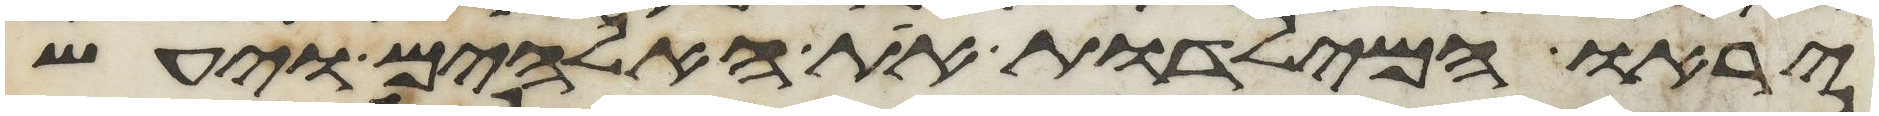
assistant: יראו המילדות את האלהים ויעש